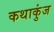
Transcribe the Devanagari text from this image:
कथाकुंज